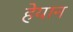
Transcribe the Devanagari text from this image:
हेयान